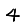
Digit: 4